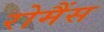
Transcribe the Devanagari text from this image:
रोमैंस